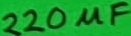
Text: 220µF